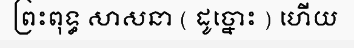
ព្រះពុទ្ធ សាសនា ( ដូច្នោះ ) ហើយ